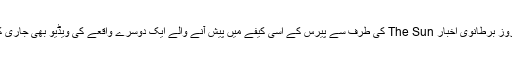
منگل کے روز برطانوی اخبار The Sun کی طرف سے پیرس کے اسی کیفے میں پیش آنے والے ایک دوسرے واقعے کی ویڈیو بھی جاری کر دی گئی۔